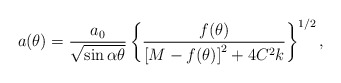
\begin{align*}a(\theta) =\frac{a_0}{\sqrt{\sin\alpha\theta}}\left\{\frac{f(\theta)}{\left[M - f(\theta)\right]^2 + 4C^2k}\right\}^{1/2},\end{align*}